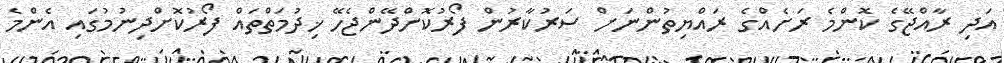
އަދި ރާއްޖޭގެ ކޮންމެ ރަށެއްގެ ރައްޔިތުންނަށް ސަރުކާރުން ފޯރުކޮށްދޭންޖެހޭ ޚިދުމަތްތައް ފޯރުކޮށްދިނުމުގައި އެންމެ